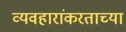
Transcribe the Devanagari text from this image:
व्यवहारांकरताच्या